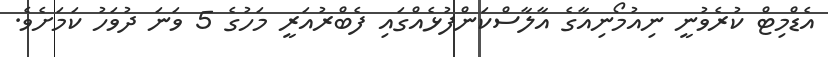
އެޑްމިޓް ކުރެވުނީ ނިއުމޯނިއާގެ އާލާސްކަންފުޅެއްގައި ފެބްރުއަރީ މަހުގެ 5 ވަނަ ދުވަހު ކަމަށެވެ.